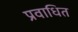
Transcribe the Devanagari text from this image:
प्रवाधित